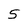
Character: 5